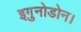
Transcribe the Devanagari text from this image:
इगु़नोडोन।